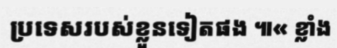
ប្រទេសរបស់ខ្លួនទៀតផង ៕« ខ្លាំង